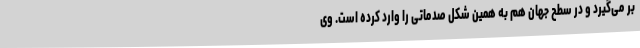
بر می‌گیرد و در سطح جهان هم به همین شکل صدماتی را وارد کرده است. وی